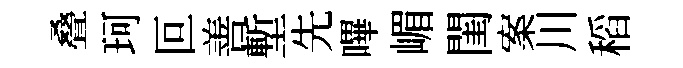
叠珂叵善塹先嗶嵋閨案川稻